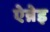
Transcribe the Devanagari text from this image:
ऐन्नेइ